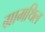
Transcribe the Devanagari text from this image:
ग्रामथिल